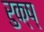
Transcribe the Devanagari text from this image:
रुक्ष्